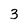
Character: 3